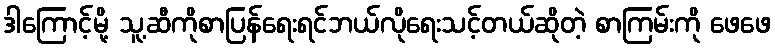
ဒါကြောင့်မို့ သူ့ဆီကိုစာပြန်ရေးရင်ဘယ်လိုရေးသင့်တယ်ဆိုတဲ့ စာကြမ်းကို ဖေဖေ